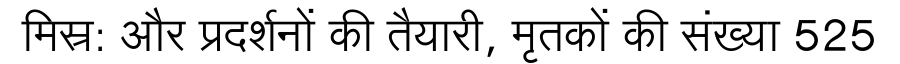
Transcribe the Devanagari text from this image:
मिस्र: और प्रदर्शनों की तैयारी, मृतकों की संख्या 525